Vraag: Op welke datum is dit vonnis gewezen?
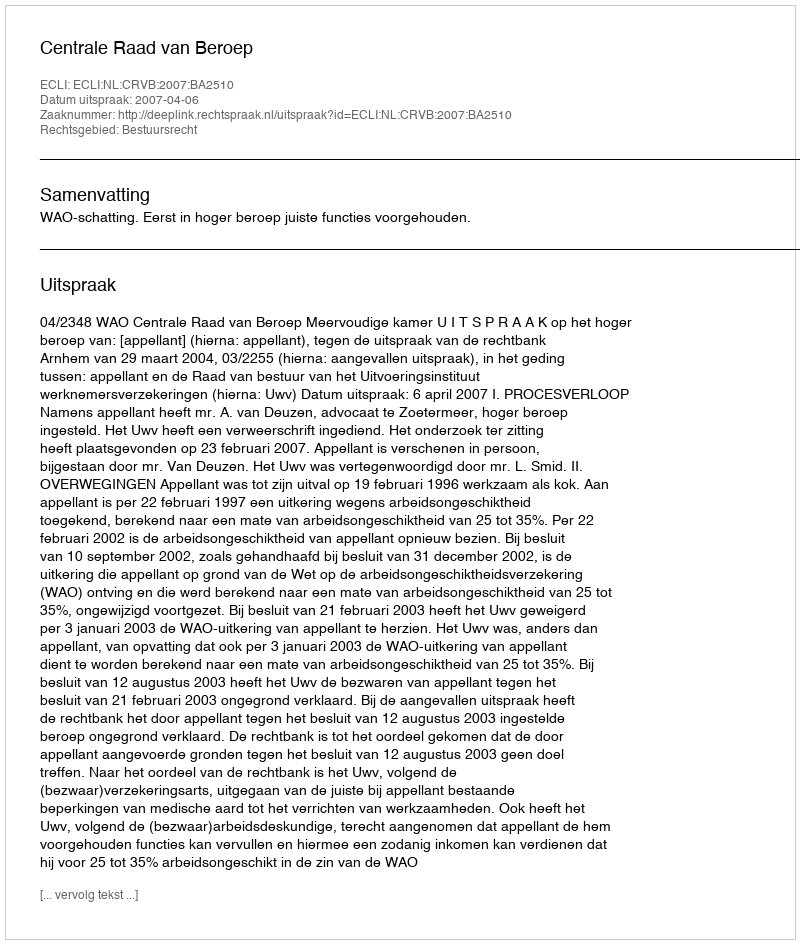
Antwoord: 2007-04-06